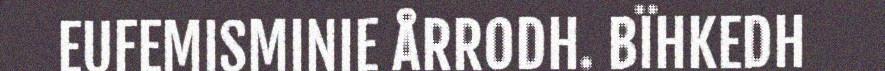
EUFEMISMINIE ÅRRODH. BÏHKEDH